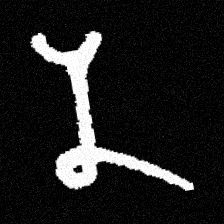
Pyu character \u2014 Myanmar letter: န (romanized: na)